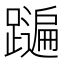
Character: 𨆩